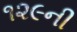
૧૨૯ની